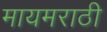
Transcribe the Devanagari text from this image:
मायमराठी